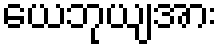
ယေဘုယျအား